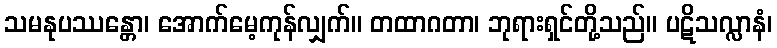
သမနုပဿန္တော၊ အောက်မေ့ကုန်လျှက်။ တထာဂတာ၊ ဘုရားရှင်တို့သည်။ ပဋိသလ္လာနံ၊